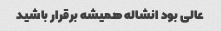
عالی بود انشاله همیشه برقرار باشید